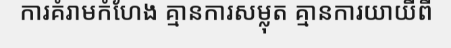
ការគំរាមកំហែង គ្មានការសម្លុត គ្មានការយាយីពី